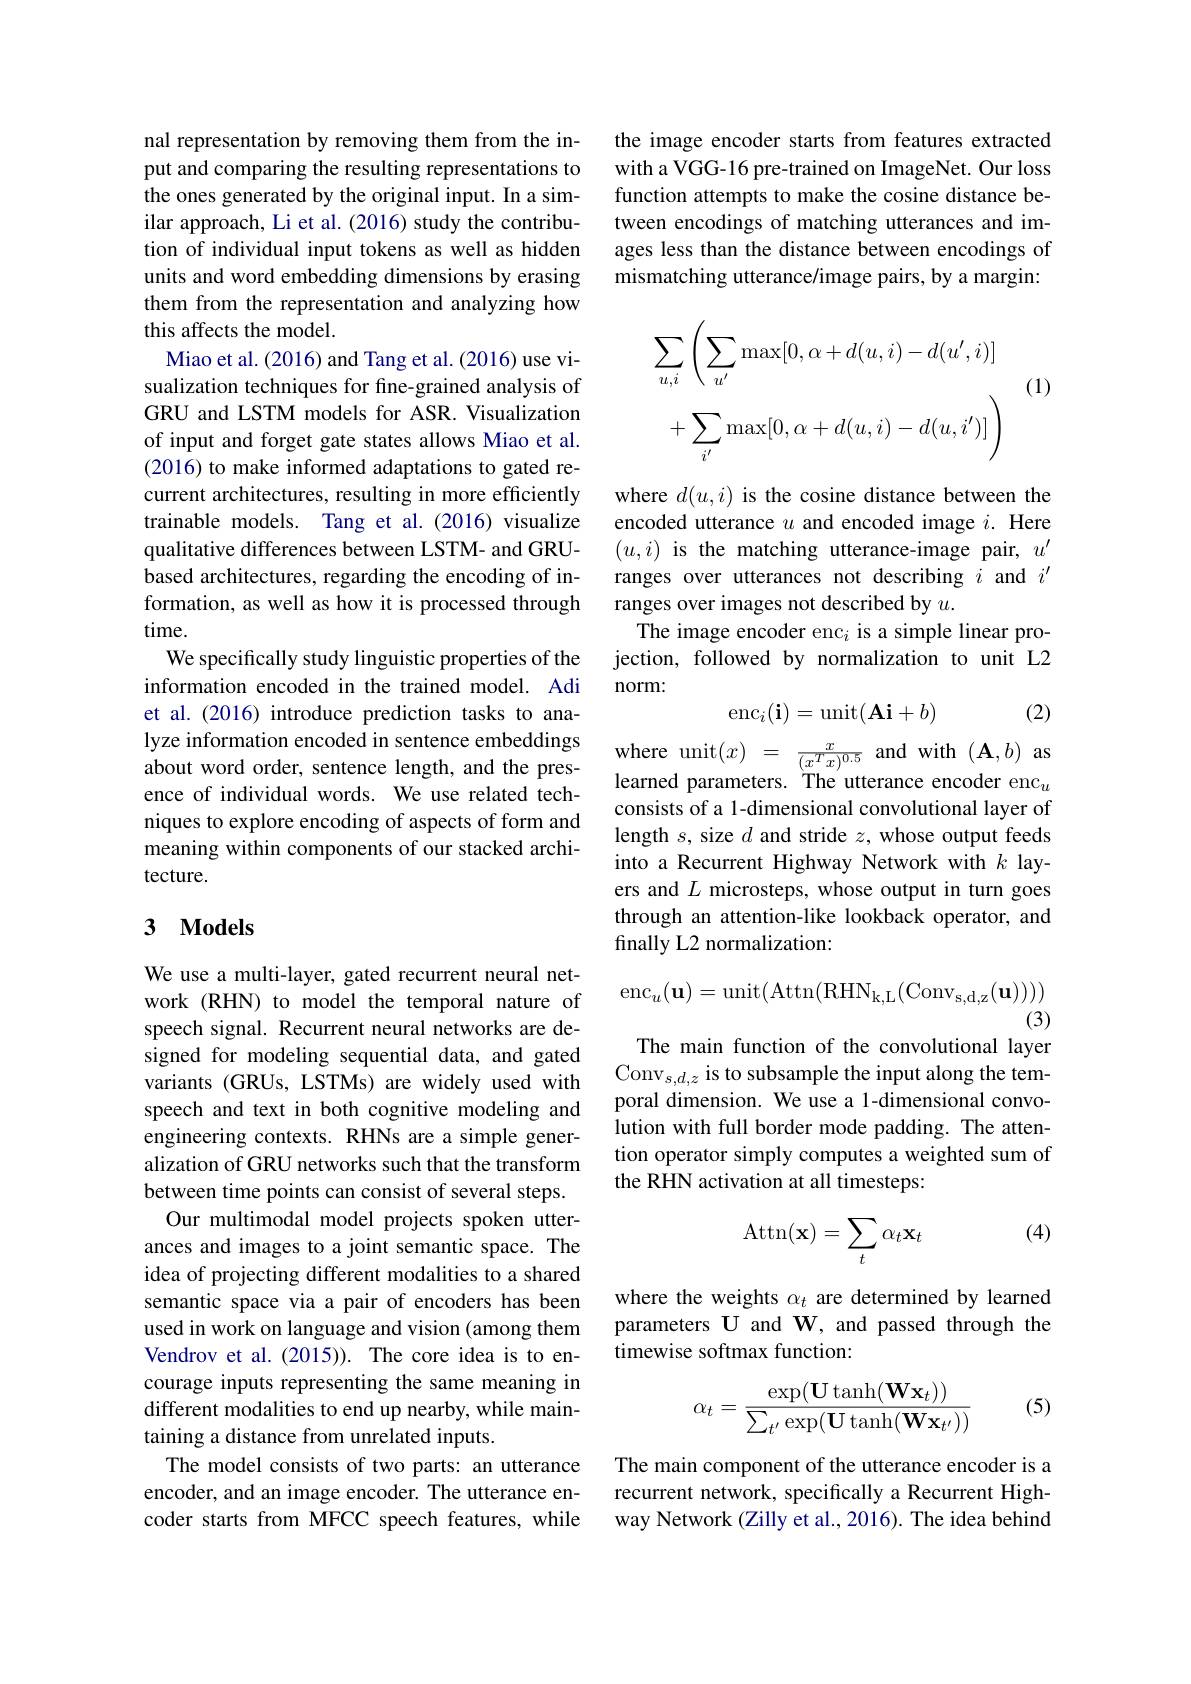
nal representation by removing them from the input and comparing the resulting representations to the ones generated by the original input. In a similar approach, Li et al. (2016) study the contribution of individual input tokens as well as hidden units and word embedding dimensions by erasing them from the representation and analyzing how this affects the model.
Miao et al. (2016) and Tang et al. (2016) use visualization techniques for fine-grained analysis of GRU and LSTM models for ASR. Visualization of input and forget gate states allows Miao et al. (2016) to make informed adaptations to gated recurrent architectures, resulting in more efficiently trainable models. Tang et al.(2016) visualize qualitative differences between LSTM- and GRUbased architectures, regarding the encoding of information, as well as how it is processed through time.
We specifically study linguistic properties of the information encoded in the trained model. Adi et al. (2016) introduce prediction tasks to analyze information encoded in sentence embeddings lyze information encoded in sentence embeddings where unit$(x)=\frac{x}{(x^Tx)^{0.5}}$ and with $(\mathbf{A},b)$ as about word order, sentence length, and the pres- learned parameters. The utterance encoder enc$_u$
ence of individual words. We use related techniques to explore encoding of aspects of form and meaning within components of our stacked architecture.

### 3 $\mathbf{Models}$

We use a multi-layer, gated recurrent neural network (RHN) to model the temporal nature of speech signal. Recurrent neural networks are designed for modeling sequential data, and gated variants (GRUs, LSTMs) are widely used with speech and text in both cognitive modeling and engineering contexts. RHNs are a simple generalization of GRU networks such that the transform between time points can consist of several steps.
Our multimodal model projects spoken utterances and images to a joint semantic space. The idea of projecting different modalities to a shared semantic space via a pair of encoders has been used in work on language and vision (among them Vendrov et al.(2015)). The core idea is to encourage inputs representing the same meaning in different modalities to end up nearby, while maintaining a distance from unrelated inputs.
The model consists of two parts: an utterance encoder, and an image encoder. The utterance encoder starts from MFCC speech features, while

the image encoder starts from features extracted with a VGG-16 pre-trained on ImageNet. Our loss function attempts to make the cosine distance between encodings of matching utterances and images less than the distance between encodings of mismatching utterance/image pairs, by a margin:

(1)
$$\sum_{u,i}\left(\sum_{u'}\max[0,\alpha+d(u,i)-d(u',i)]\right.\\+\sum_{i'}\max[0,\alpha+d(u,i)-d(u,i')]\Bigg)$$
where $d(u,i)$ is the cosine distance between the encoded utterance $u$ and encoded image $i.$ Here $(u,i)$ is the matching utterance-image pair, $u^\prime$ ranges over utterances not describing $i$ and $i^{\prime}$ ranges over images not described by $u.$
The image encoder enc$_i$ is a simple linear projection, followed by normalization to unit L2 norm:
$$\operatorname{enc}_i(\mathbf{i})=\operatorname{unit}(\mathbf{Ai}+b)$$
(2)

consists of a 1-dimensional convolutional layer of length $s$, size $d$ and stride $z$, whose output feeds into a Recurrent Highway Network with $k$ layers and $L$ microsteps, whose output in turn goes through an attention-like lookback operator, and finally L2 normalization:
$$\mathrm{enc}_u(\mathbf{u})=\mathrm{unit}(\mathrm{Attn}(\mathrm{RHN}_{\mathrm{k,L}}(\mathrm{Conv}_{\mathrm{s,d,z}}(\mathbf{u}))))$$
(3)

The main function of the convolutional layer

Conv$_s,d,z$ is to subsample the input along the temporal dimension. We use a 1-dimensional convolution with full border mode padding. The attention operator simply computes a weighted sum of the RHN activation at all timesteps:

(4)
$$\operatorname{Attn}(\mathbf{x})=\sum_t\alpha_t\mathbf{x}_t$$
where the weights $\alpha_t$ are determined by learned parameters U and W, and passed through the timewise softmax function:

(5)
$$\alpha_t=\frac{\exp(\mathbf{U}\tanh(\mathbf{W}\mathbf{x}_t))}{\sum_{t'}\exp(\mathbf{U}\tanh(\mathbf{W}\mathbf{x}_{t'}))}$$
The main component of the utterance encoder is a recurrent network, specifically a Recurrent Highway Network (Zilly et al., 2016). The idea behind